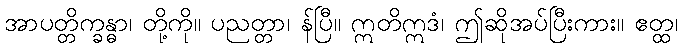
အာပတ္တိက္ခန္ဓာ၊ တို့ကို။ ပညတ္တာ၊ န်ပြီ။ ဣတိဣဒံ၊ ဤဆိုအပ်ပြီးကား။ ဧတ္ထ၊